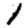
Digit: 1